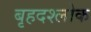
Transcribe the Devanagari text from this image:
बृहदश्लोक